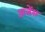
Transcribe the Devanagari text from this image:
अजेंस